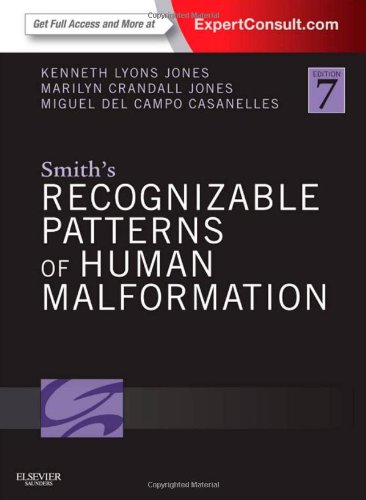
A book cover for Smith's Recognizable Patterns of Human Malformation: Expert Consult - Online and Print, 7e; Kenneth Lyons Jones; Reference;